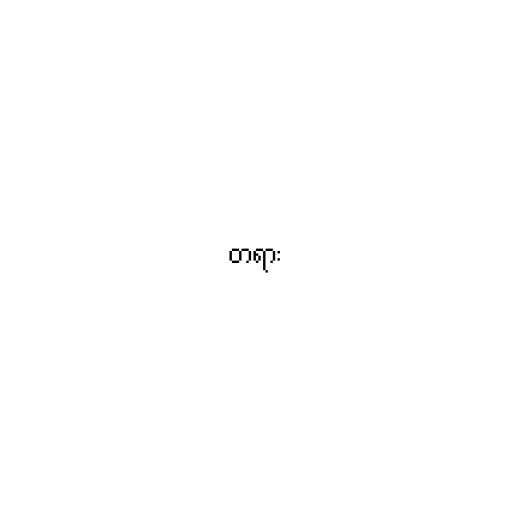
တရား